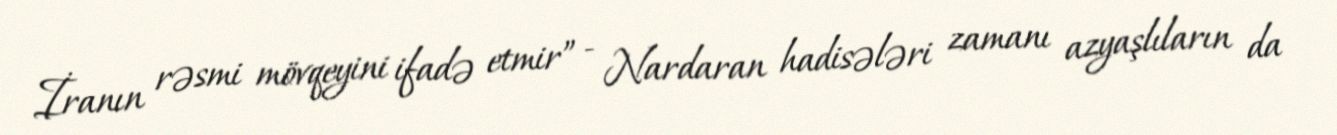
İranın rəsmi mövqeyini ifadə etmir” - Nardaran hadisələri zamanı azyaşlıların da